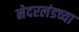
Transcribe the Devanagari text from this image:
नेदरलंडच्या